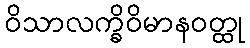
ဝိသာလက္ခိဝိမာနဝတ္ထု